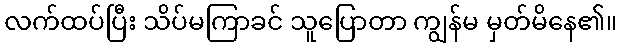
လက်ထပ်ပြီး သိပ်မကြာခင် သူပြောတာ ကျွန်မ မှတ်မိနေ၏။